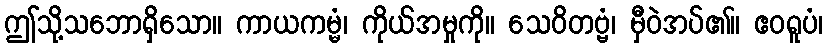
ဤသို့သဘောရှိသော။ ကာယကမ္မံ၊ ကိုယ်အမှုကို။ သေဝိတဗ္ဗံ၊ မှီဝဲအပ်၏။ ဧဝရူပံ၊